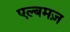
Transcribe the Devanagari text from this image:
एल्बमज़